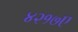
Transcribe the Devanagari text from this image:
४२१७ए